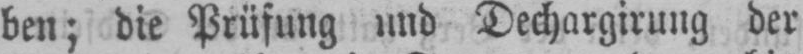
ben; die Prüfung und Dechargirung der